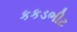
કકડભીટ